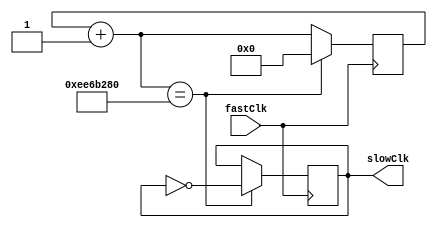
`timescale 1ns / 1ps

module OneHertz(slowClk,fastClk);
input fastClk;
output reg slowClk = 0;
reg [29:0] cntr=0;

always@(posedge fastClk) begin
    cntr = cntr + 1;
    if(cntr == 250000000) begin
        cntr <= 0;
        slowClk <= ~slowClk;
    end
end

endmodule